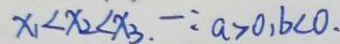
x _ { 1 } < x _ { 2 } < x _ { 3 } . - : a > 0 , b < 0 .